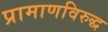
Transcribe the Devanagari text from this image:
प्रामाणविरुद्ध